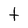
Character: t